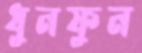
ধুনফুন